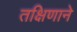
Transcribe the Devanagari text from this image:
तक्षिणाने